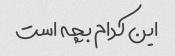
این کدام بچه است